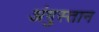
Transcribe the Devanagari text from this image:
अंगुस्तान